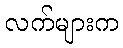
လက်များက